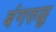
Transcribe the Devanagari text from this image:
बंगरुळु